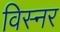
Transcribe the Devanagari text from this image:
विस्नर